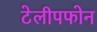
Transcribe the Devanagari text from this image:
टेलीपफोन